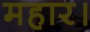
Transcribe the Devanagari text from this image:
महार।